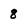
Character: 8